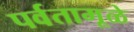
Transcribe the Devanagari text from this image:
पर्वतामूळे